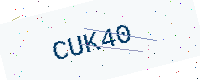
Text: CUK40